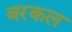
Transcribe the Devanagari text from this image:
बरकल